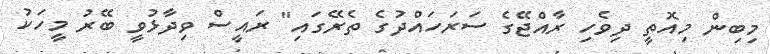
މިބިން މިއޮތީ ދިވެހި ރާއްޖޭގެ ސަރަހައްދުގެ ތެރޭގައި" ރައީސް ވިދާޅުވީ ބޭރު މީހަކު